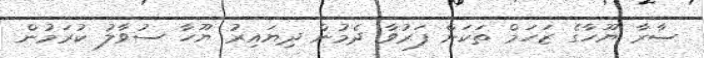
ސާރާ ޔޫހާގެ ޒަހަމް ތަކަށް ފަރުވާ ދެމުން ދިޔައިރު ޔޫހާ ސުވާލު ކުރަމުން